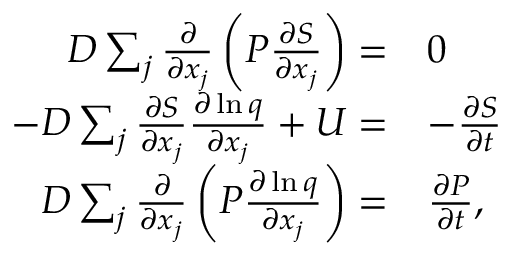
\begin{array} { r l } { D \sum _ { j } \frac { \partial } { \partial x _ { j } } \left( P \frac { \partial S } { \partial x _ { j } } \right) = } & { 0 } \\ { - D \sum _ { j } \frac { \partial S } { \partial x _ { j } } \frac { \partial \ln q } { \partial x _ { j } } + U = } & { - \frac { \partial S } { \partial t } } \\ { D \sum _ { j } \frac { \partial } { \partial x _ { j } } \left( P \frac { \partial \ln q } { \partial x _ { j } } \right) = } & { \frac { \partial P } { \partial t } , } \end{array}